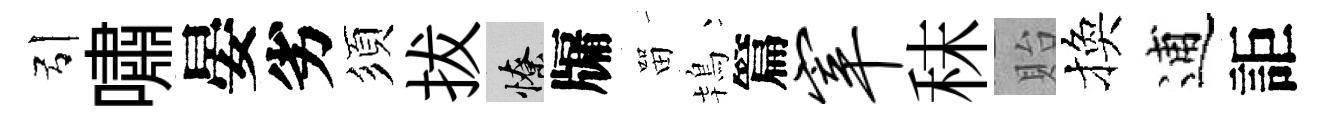
引嘯晏劣須拔憭牖㽞鴇篇宰秣貽換逋詎